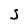
Character: S